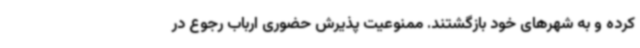
کرده و به شهرهای خود بازگشتند. ممنوعیت پذیرش حضوری ارباب رجوع در